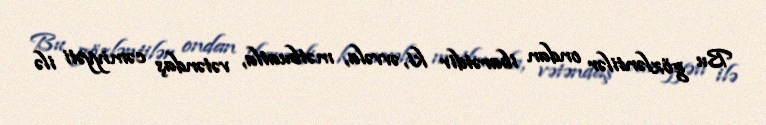
Bu gözləntilər ondan ibarətdir ki, əvvəla, mətbuatla, vətəndaş cəmiyyəti ilə